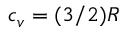
c _ { v } = ( 3 / 2 ) R